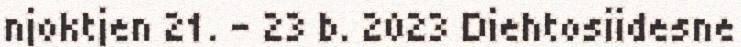
njoktjen 21. – 23 b. 2023 Diehtosiidesne